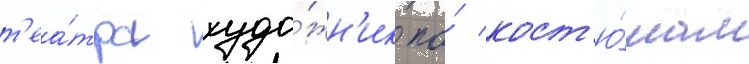
т'еа́тра худо́жн'ик по́ кост'ю́мам